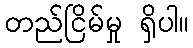
တည်ငြိမ်မှု ရှိပါ။